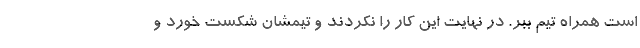
است همراه تیم ببر. در نهایت این کار را نکردند و تیمشان شکست خورد و